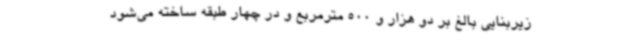
زیربنایی بالغ بر دو هزار و 500 مترمربع و در چهار طبقه ساخته می‌شود